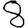
Digit: 8